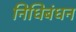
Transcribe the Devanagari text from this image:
निधिबंधन